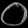
Digit: ၀